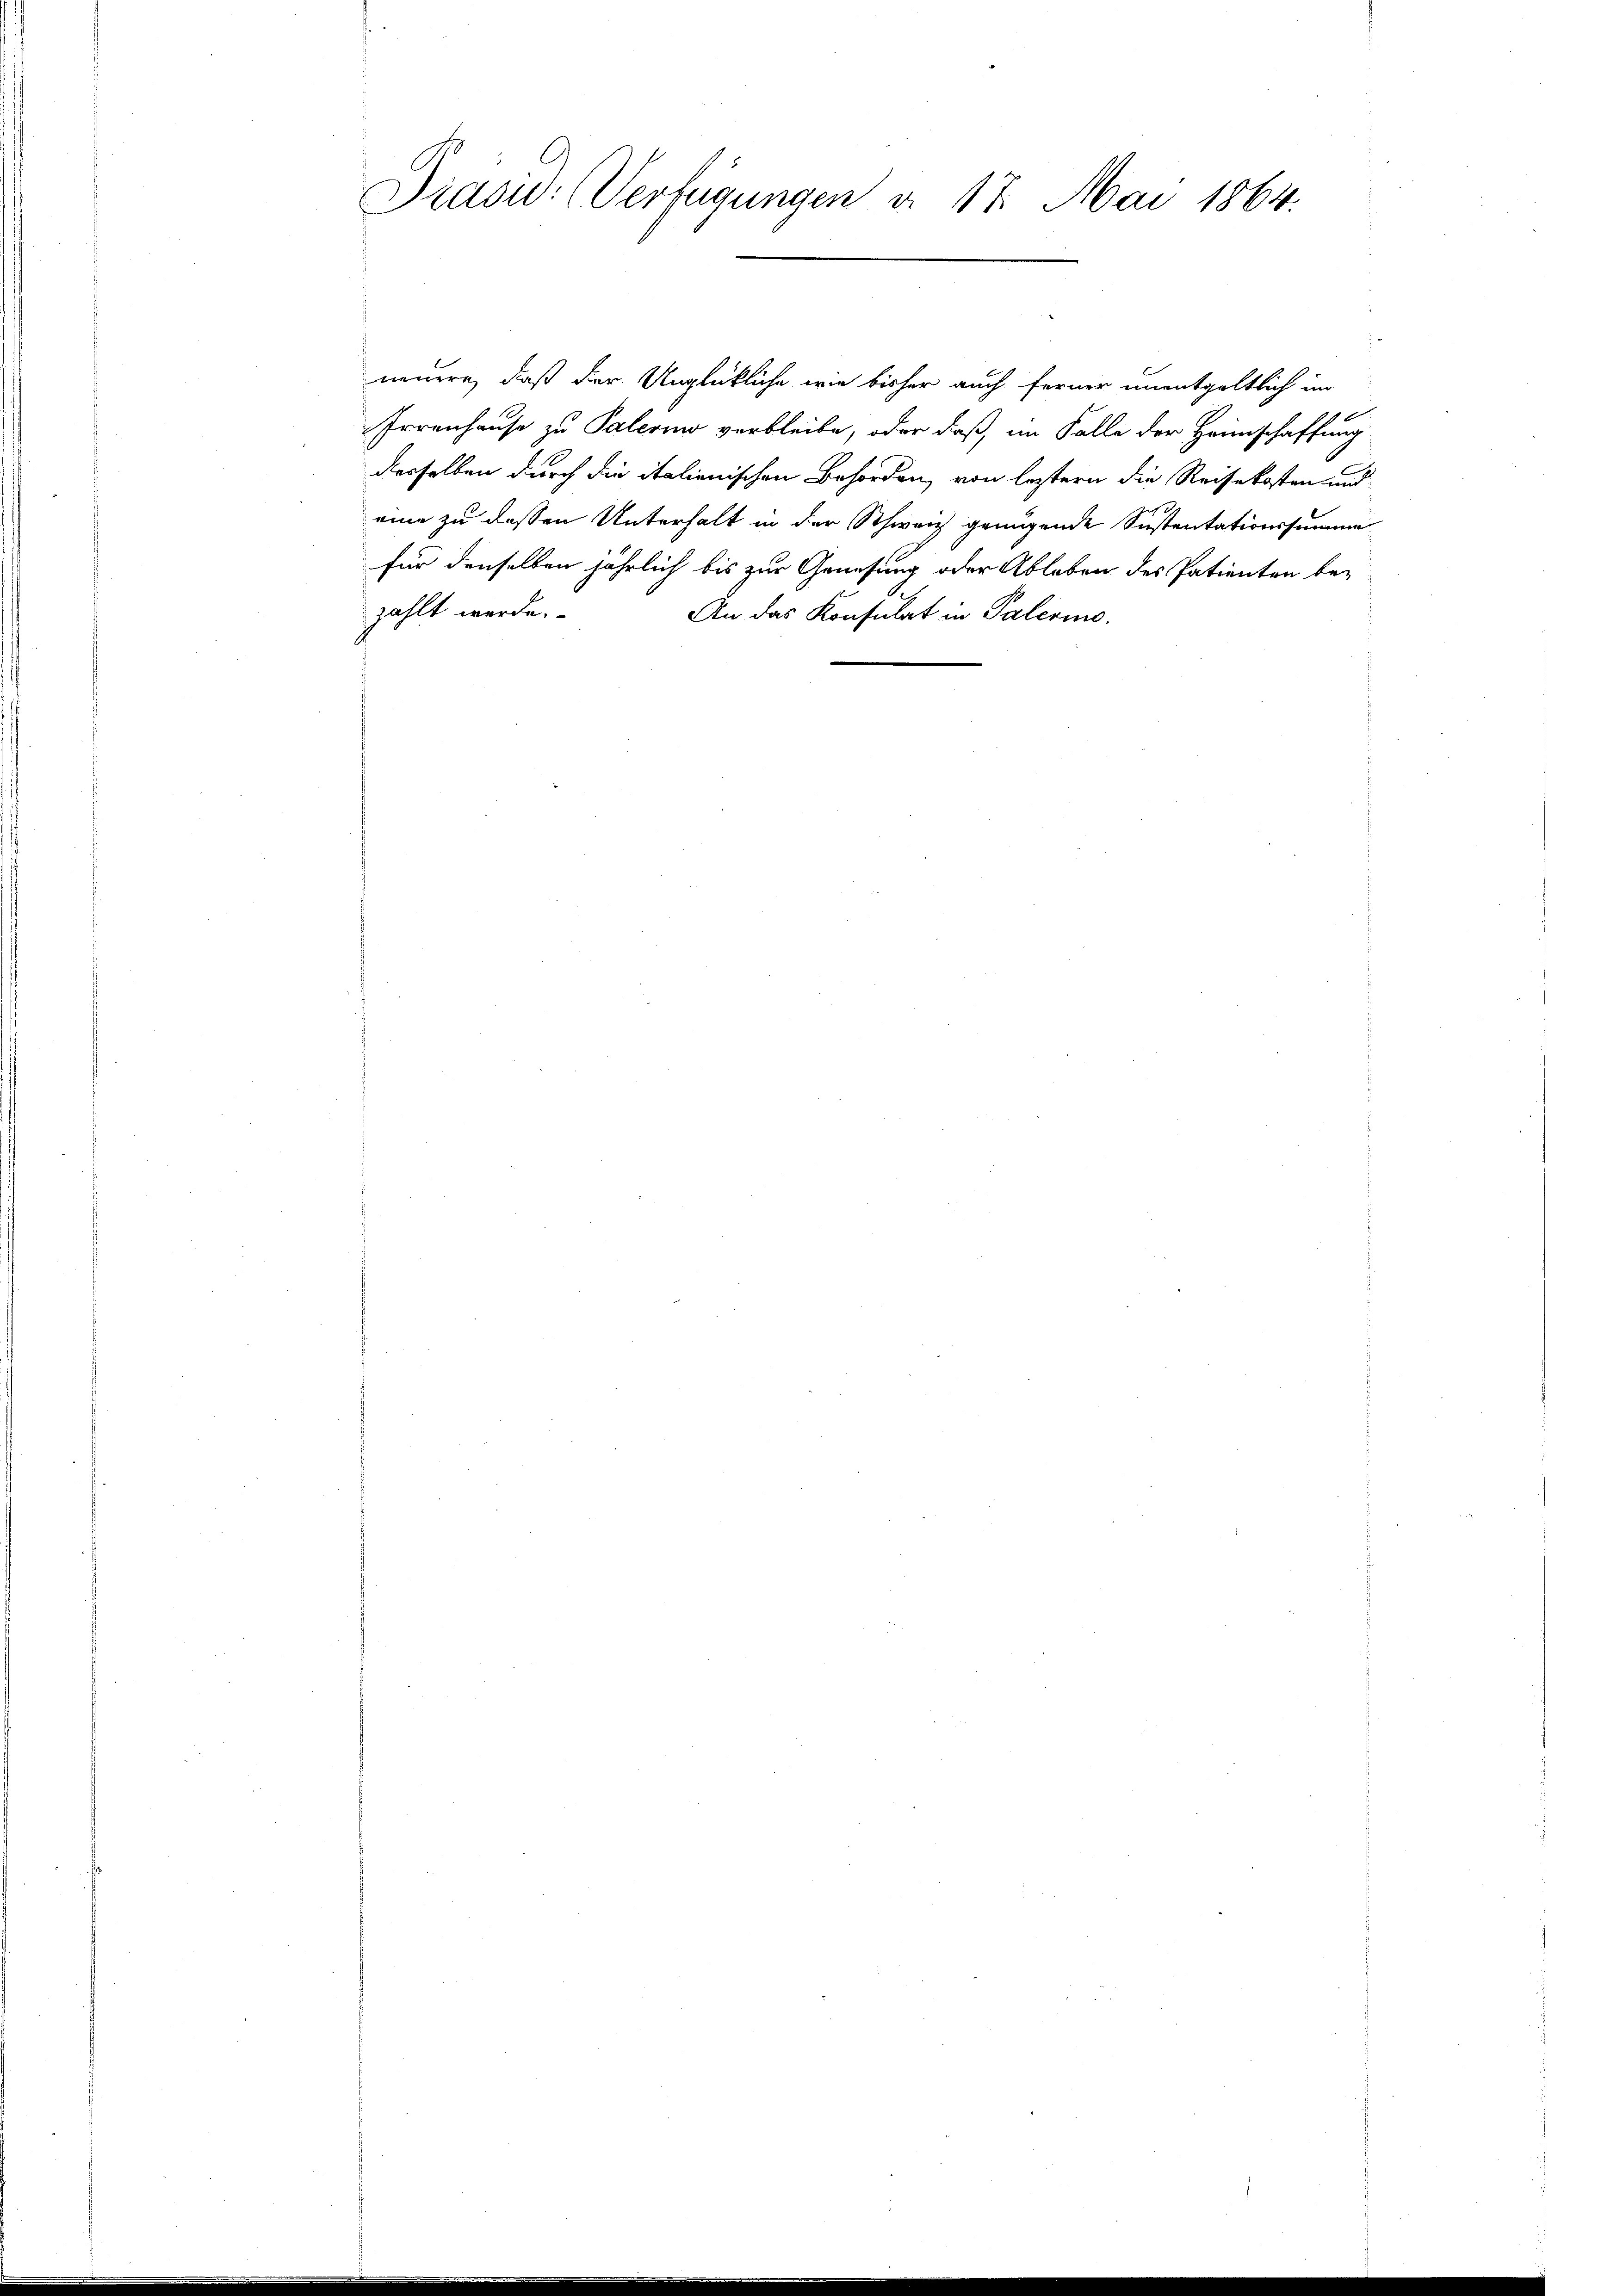
Präsid. Verfügungen d. 17. Mai 1864.

neuere, daß der Unglückliche wie bisher auch ferner unentgeltlich im
Irrenhause zu Palerino verbleibe, oder daß, im Falle der Heimschaffung
derselben durch die italienischen Behörden, von leztern die Reisekosten und
eine zu dessen Unterhalt in der Schweiz genügende Sistentationssumme
für denselben jährlich bis zur Genesung oder Ableben des Patienten be-
zählt werde.
An das Konsulat in Palerino.